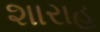
શારાહ